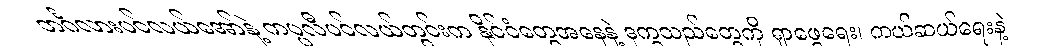
ဘင်္ဂလားပင်လယ်အော်နဲ့ ကပ္ပလီပင်လယ်တွင်းက နိုင်ငံတွေအနေနဲ့ ဒုက္ခသည်တွေကို ရှာဖွေရေး၊ ကယ်ဆယ်ရေးနဲ့